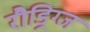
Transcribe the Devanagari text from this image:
रौड्रिग्ज